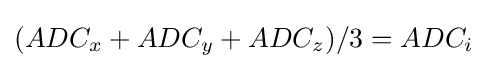
(ADC_{x}+ADC_{y}+ADC_{z})/3=ADC_{i}